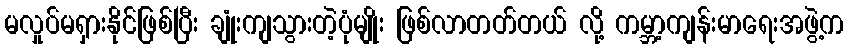
မလှုပ်မရှားနိုင်ဖြစ်ပြီး ချုံးကျသွားတဲ့ပုံမျိုး ဖြစ်လာတတ်တယ် လို့ ကမ္ဘာ့ကျန်းမာရေးအဖွဲ့က